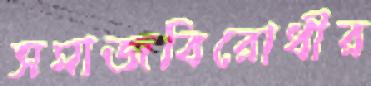
সমাজবিরোধীর